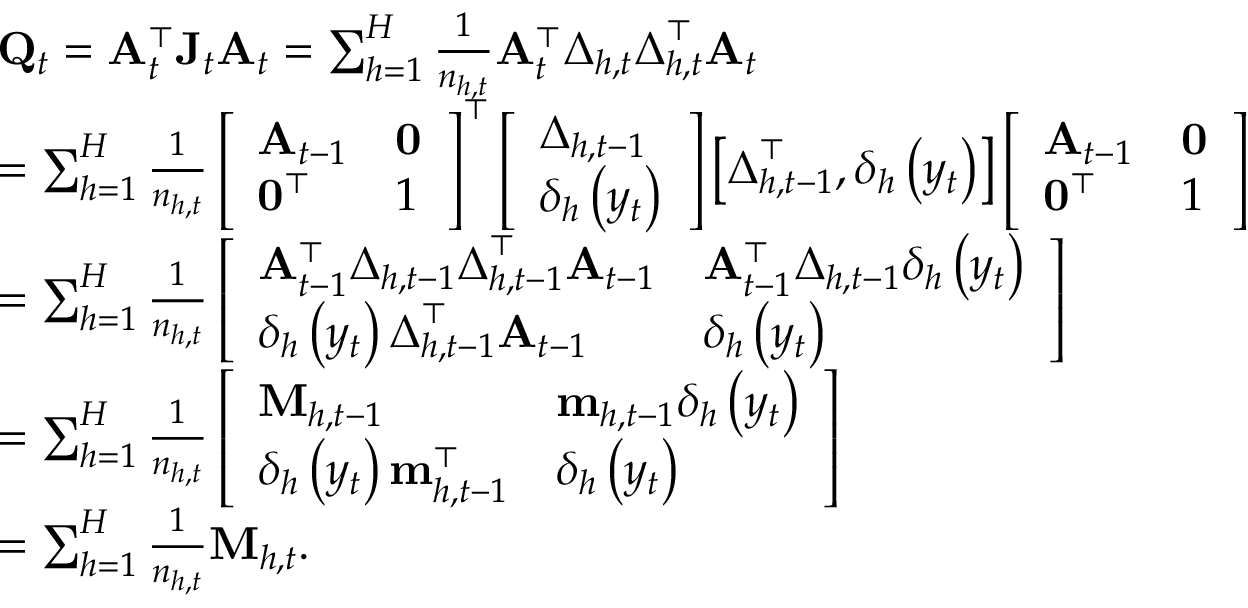
\begin{array} { r l } & { \mathbf { Q } _ { t } = \mathbf { A } _ { t } ^ { \top } \mathbf { J } _ { t } \mathbf { A } _ { t } = \sum _ { h = 1 } ^ { H } \frac { 1 } { n _ { h , t } } \mathbf { A } _ { t } ^ { \top } \boldsymbol { \Delta } _ { h , t } \boldsymbol { \Delta } _ { h , t } ^ { \top } \mathbf { A } _ { t } } \\ & { = \sum _ { h = 1 } ^ { H } \frac { 1 } { n _ { h , t } } \left[ \begin{array} { l l } { \mathbf { A } _ { t - 1 } } & { \mathbf { 0 } } \\ { \mathbf { 0 } ^ { \top } } & { 1 } \end{array} \right] ^ { \top } \left[ \begin{array} { l } { \boldsymbol { \Delta } _ { h , t - 1 } } \\ { \delta _ { h } \left( y _ { t } \right) } \end{array} \right] \left[ \boldsymbol { \Delta } _ { h , t - 1 } ^ { \top } , \delta _ { h } \left( y _ { t } \right) \right] \left[ \begin{array} { l l } { \mathbf { A } _ { t - 1 } } & { \mathbf { 0 } } \\ { \mathbf { 0 } ^ { \top } } & { 1 } \end{array} \right] } \\ & { = \sum _ { h = 1 } ^ { H } \frac { 1 } { n _ { h , t } } \left[ \begin{array} { l l } { \mathbf { A } _ { t - 1 } ^ { \top } \boldsymbol { \Delta } _ { h , t - 1 } \boldsymbol { \Delta } _ { h , t - 1 } ^ { \top } \mathbf { A } _ { t - 1 } } & { \mathbf { A } _ { t - 1 } ^ { \top } \boldsymbol { \Delta } _ { h , t - 1 } \delta _ { h } \left( y _ { t } \right) } \\ { \delta _ { h } \left( y _ { t } \right) \boldsymbol { \Delta } _ { h , t - 1 } ^ { \top } \mathbf { A } _ { t - 1 } } & { \delta _ { h } \left( y _ { t } \right) } \end{array} \right] } \\ & { = \sum _ { h = 1 } ^ { H } \frac { 1 } { n _ { h , t } } \left[ \begin{array} { l l } { \mathbf { M } _ { h , t - 1 } } & { \mathbf { m } _ { h , t - 1 } \delta _ { h } \left( y _ { t } \right) } \\ { \delta _ { h } \left( y _ { t } \right) \mathbf { m } _ { h , t - 1 } ^ { \top } } & { \delta _ { h } \left( y _ { t } \right) } \end{array} \right] } \\ & { = \sum _ { h = 1 } ^ { H } \frac { 1 } { n _ { h , t } } \mathbf { M } _ { h , t } \mathrm { . ~ } } \end{array}